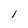
Character: 1